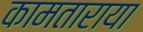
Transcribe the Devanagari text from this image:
कामताराया